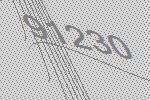
91230